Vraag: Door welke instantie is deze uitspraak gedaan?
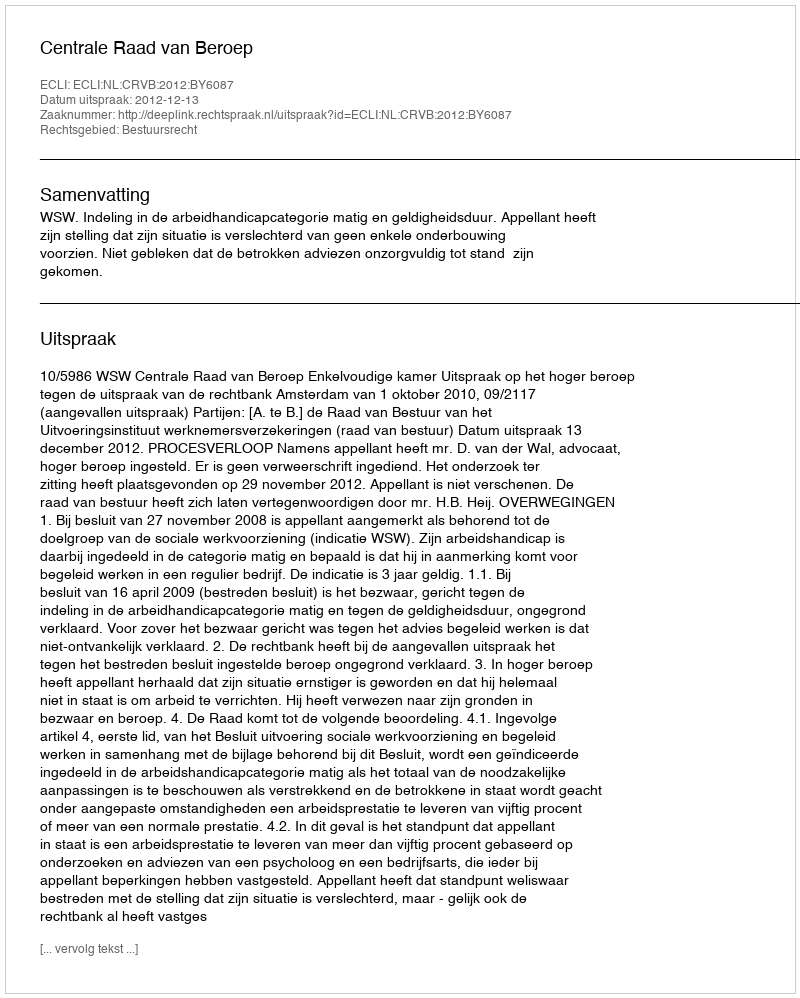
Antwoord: Centrale Raad van Beroep